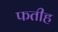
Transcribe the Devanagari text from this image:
फतीह